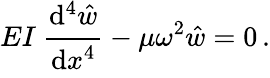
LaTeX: EI~{\cfrac{\mathrm{d}^{4}{\hat{w}}}{\mathrm{d}x^{4}}}-\mu\omega^{2}{\hat{w}}=0\, .